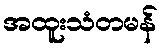
အထူးသံတမန်